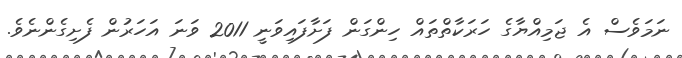
ނަމަވެސް އެ ޖަމިއްޔާގެ ހަރަކާތްތައް ހިންގަން ފަށާފައިވަނީ 2011 ވަނަ އަހަރުން ފެށިގެންނެވެ.